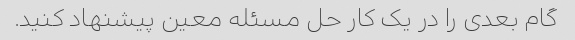
گام بعدی را در یک کار حل مسئله معین پیشنهاد کنید.